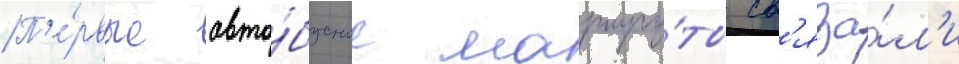
П'е́рвые авто́бусные маршру́ты св'яза́л'и